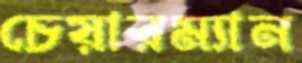
চেয়ারম্যান